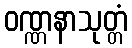
ဝဏ္ဏနာသုတ္တံ